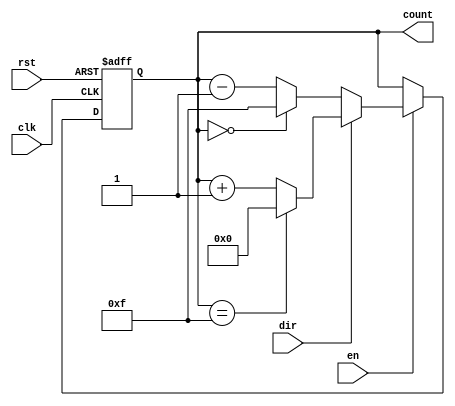
module multi_bit_counter #(
    parameter WIDTH = 4  // Configurable bit-width (default is 4 bits)
)(
    input wire clk,      // Clock signal
    input wire rst,      // Asynchronous reset signal
    input wire en,       // Enable signal
    input wire dir,      // Direction signal (1 for increment, 0 for decrement)
    output reg [WIDTH-1:0] count // Multi-bit output count
);

    // Asynchronous reset and synchronous counting
    always @(posedge clk or posedge rst) begin
        if (rst) begin
            count <= 0; // Reset the counter to 0
        end else if (en) begin
            if (dir) begin
                // Increment operation with wrap-around
                count <= (count == {WIDTH{1'b1}}) ? 0 : count + 1;
            end else begin
                // Decrement operation with wrap-around
                count <= (count == 0) ? {WIDTH{1'b1}} : count - 1;
            end
        end
    end

endmodule